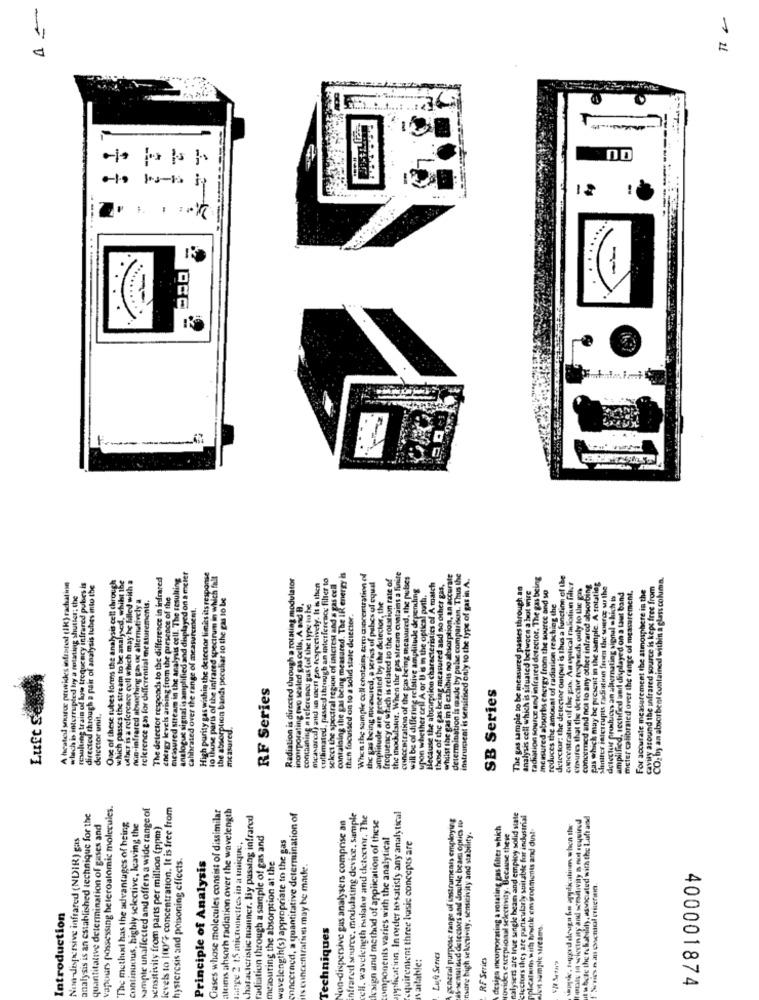
1
P
=
= =
...
...
......
One of these tubes forms the analysis cell chrough
which passes the stream to be analysed, whilst ibe
uther is a reference coll which may be billed with a
The de lectof responds to the difference in infrared
micioured stream in the analysis cell. The resulting
analogue signal is amplified and displayed on a meier
High parity gas within the detector limits its response
io thine paris of the infrared spectrum in which fall
Radiation is directed through a rotating modulator
measured) and an mert pe respectively. It is then
collimated, passed through an interference filter to
containing the gas being measured. The IR energy is
When the sample oull chatains tem concentration of
the gas being mixeured, a series of pabes of equal
frequency of which is related to the rotation rate of
the inodulator. When the gas stream contains a finite
concentration of the pas being measured, the pubses
whilst the gas in B exhibits no absorption, an accurate
rate
determination is made by pulse comparison. Thus the
instrument is sensitied only to the type of gas in A.
radiation source and infrared detector. The gas being
detectar: the detector output is thus a function of the
CO: hy an absorbent contained within a glass column.
A heated source provides infrstod (1k) rachat inn
resulting train of low frequency infrared pubes is
directed through a pair of analysis tubes into the
select the spectral region of interest and a gas cell
will be of differing relative amplitude depending
Because the absorption characteristics of A match
those of the gas being measured and no other gas,
The gas sample to be incasured passes through an
analysis cell which is situated betwoca a hot wire
concentrating of the pas. An optical ralostiun filter
Causes that the detector expands only to Use pa
concerned and not to any other infrared absorbing
gas which may be present in the sample. A rotating
Mutter interrupts radiation form the source wy the
For accurate measurement the atmosphere in the
cavwy around the infrared source is kept free from
whech is interrupted by a rotating shutter; che
non-infrared absoching gas or alternatively a
tolerence gas for differential measurements.
energy levels arising from the presence of the
the absorption bands peculiar io the gas to be
amplitude are generated by the detector, the
upon whether cell A or U 's in the optical path.
measured absorbs energy from the source and so
detector pruhuicus an alternating signal which is
amplified, rectified and displayed on a taut band
meier calibrated over the range of measurement,
calibrated over the range of measurement,
incorporating evo sealed gas cells, A and B.
containing n ieferepos gus fol the type to he
then focussed on to a solid state delecter.
reduces the amount of radiation reaching the
RF Series
SB Series
Luft S
detector unit,
measured.
vapours possessing heleroalomic molecules.
ampie unaffected and offers a wide range of
levels to 100 + concentration. It is free from
Gases whose molecules consist of dissimilar
Lems ahsorh radiation over the wavelength
pplication. In order to satisfy any analytical
analysis is an established technique for the
quantitative determination of gases and
Characteristic manner. By passing infrared
concerned, a quantitative determination of
Von-dispersive gus analysers comprise an
frared source, modulating device. sample
eHl. wavelength istlater and detecwr. The
lesign and method of application of these
general purpose range of instruments employing
IS-seautied detectors and double beam optics ID
talysers are ince sangle beam and employ solid state
Clectors they are particularly suitable for industrial
Il whole the rekatulity, associated with the Luft and
The method has the advantages of being
continuous, highly selective, leaving the
ensitivity from parts per million (ppm)
design incorporating & rotating gas filter which
plcalum with hostile em ironments and dust-
wppe, toggord deugu hu applicatinm when the
Non-dispersive infrared (NDIR) gas
mape 2 15 micronrettes in a tique,
radiation through a sample of gas and
wavelength(s) appropriate to the gas
omponents varies with the analytical
quirentent three basic concepts are
nsure high selecivity, sensitivity and stability.
Tovides exceptional selectivity. Because these
hystercsis and poisoning effects.
Principle of Analysis
nesouting the absorption at the
Is concentration may be made.
Introduction
Techniques
Alen sample streams.
nailable:
Luft Series
RF Series
400001874